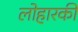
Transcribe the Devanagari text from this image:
लोहारकी